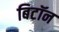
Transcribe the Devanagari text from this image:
बिटॉन